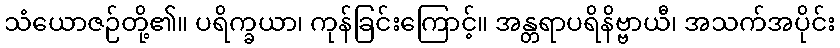
သံယောဇဉ်တို့၏။ ပရိက္ခယာ၊ ကုန်ခြင်းကြောင့်။ အန္တရာပရိနိဗ္ဗာယီ၊ အသက်အပိုင်း